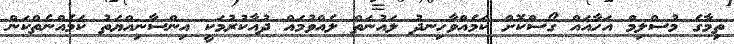
ތިމާގެ މުސްލިމް އަހާއައް ގޯސްކޮށް ކަމެއްވާހިނދު ލައުނަތް ލެއްވުމައް ދުއާކުރުމަކީ އިންސާނިއްޔަތު ކަމެއްނެތްކަން